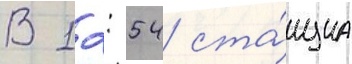
В 12: 54 ста́нциа